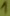
Text: 1